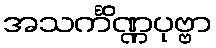
အသင်္ကိဏ္ဏပုဗ္ဗာ